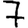
Digit: 7